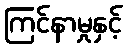
ကြင်နာမှုနှင့်